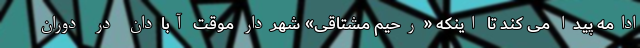
ادامه پیدا می کند تا اینکه «رحیم مشتاقی» شهردار موقت آبادان در دوران